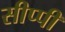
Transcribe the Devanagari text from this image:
सीप्पी